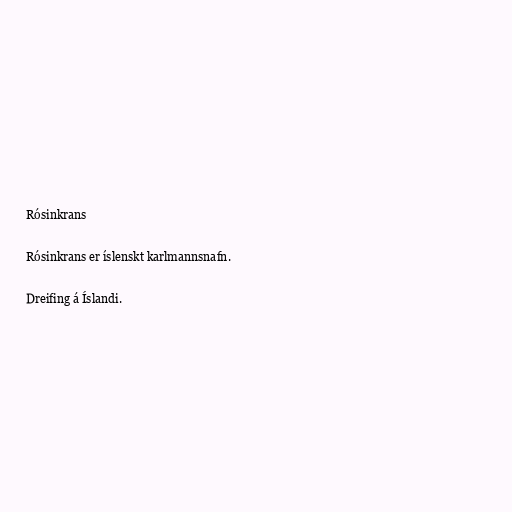
Rósinkrans

Rósinkrans er íslenskt karlmannsnafn.

Dreifing á Íslandi.